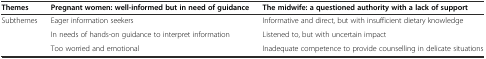
| Themes | Pregnant women: well-informed but in need of guidance | The midwife: a questioned authority with a lack of support |
 | --- | --- | --- |
 | <ROWSPAN=3> Subthemes | Eager information seekers | Informative and direct, but with insufficient dietary knowledge |
 | In needs of hands-on guidance to interpret information | Listened to, but with uncertain impact |
 | Too worried and emotional | Inadequate competence to provide counselling in delicate situations |